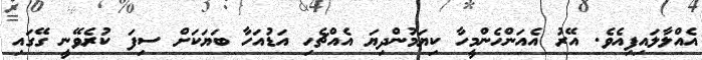
އެއްލާލައިފިއެވެ. އޭރު އެއަންހެންމީހާ ކިޔަމުންދިޔަ އެއްޗެހިި އަޑުއަހާ ބަޔަކަށް ސިފަ ކުރެވޭނީ ގޭގައި